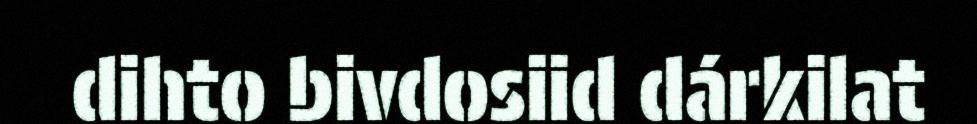
dihto bivdosiid dárkilat